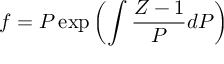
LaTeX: f = P \exp \left( \int { \frac { Z - 1 } { P } } d P \right)